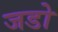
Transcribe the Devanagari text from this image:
जडो